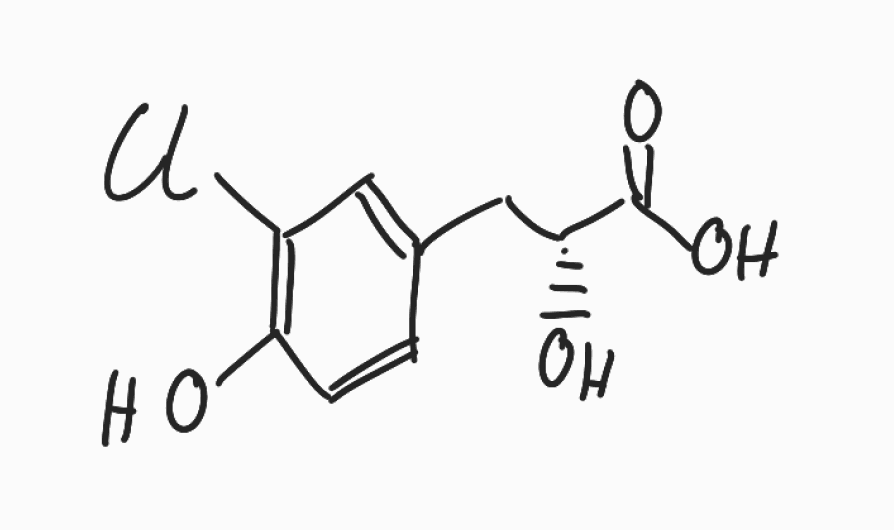
Simplified molecular-input line-entry system (SMILES) notation of the given molecule:
C1=CC(=C(C=C1C[C@H](C(=O)O)O)Cl)O